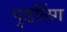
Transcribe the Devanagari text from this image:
पुडलिंग